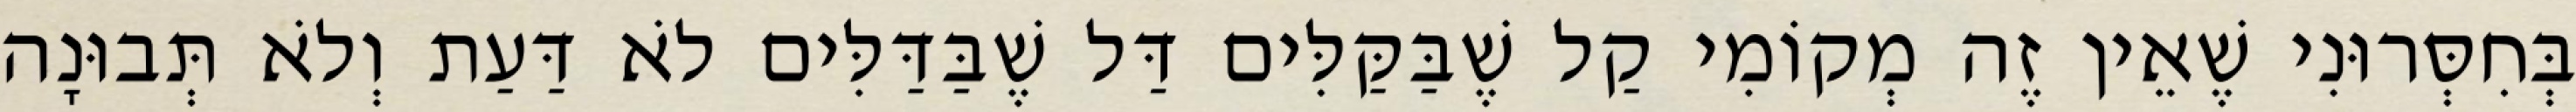
בְּחִסְּרוּנִי שֶׁאֵין זֶה מְקוֹמִי קַל שֶׁבַּקַּלִּים דַּל שֶׁבַּדַּלִּים לֹא דַּעַת וְלֹא תְּבוּנָה